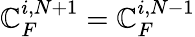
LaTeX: \mathbb{C}_{F}^{i,N+1}=\mathbb{C}_{F}^{i,N-1}